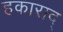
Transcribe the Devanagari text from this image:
हकाराद्